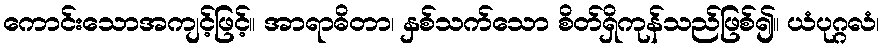
ကောင်းသောအကျင့်ဖြင့်။ အာရာဓိတာ၊ နှစ်သက်သော စိတ်ရှိကုန်သည်ဖြစ်၍။ ယံပုဂ္ဂလံ၊